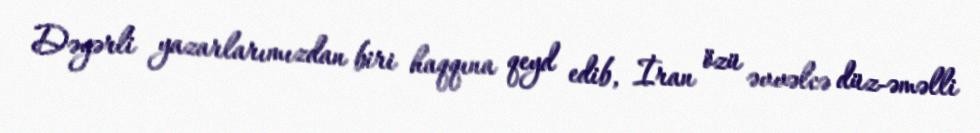
Dəyərli yazarlarımızdan biri haqqına qeyd edib, İran özü əvvəlcə düz-əməlli